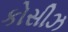
કોસીઝ